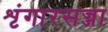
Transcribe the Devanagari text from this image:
शृंगारसज्जा